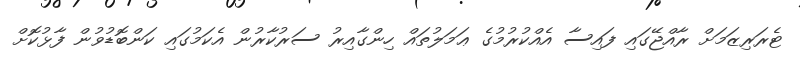
ޓެރަރިޒަމަށް ރާއްޖޭގައި ފައިސާ އެއްކުރުމުގެ ޢަމަލުތައް ހިންގާއިރު ސަރުކާރުން އެކަމުގައި ކަންބޮޑުވުން ފާޅުކޮށް